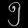
Digit: ၅